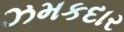
ઝમકદાર